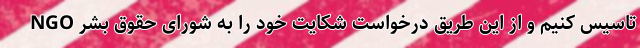
NGO تاسیس کنیم و از این طریق درخواست شکایت خود را به شورای حقوق بشر